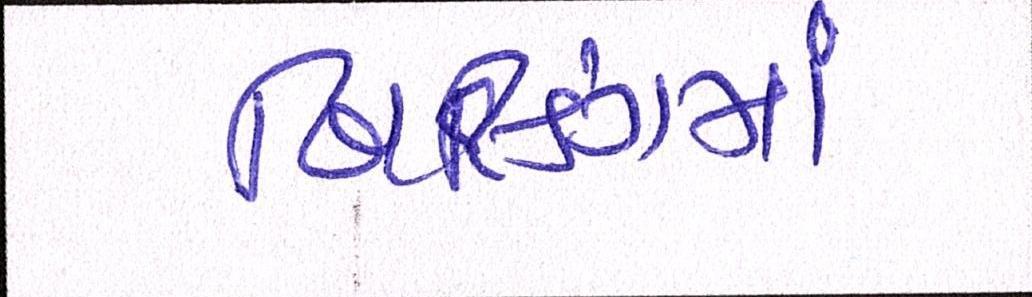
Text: બિલ્ડિંગમાં